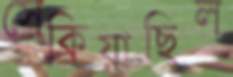
সেকিয়াছিল